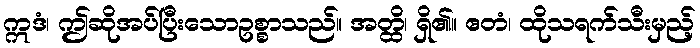
ဣဒံ၊ ဤဆိုအပ်ပြီးသောဥစ္စာသည်။ အတ္ထိ၊ ရှိ၏။ ဧတံ၊ ထိုသရက်သီးမှည့်